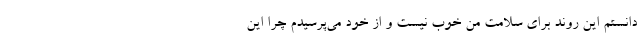
‌دانستم این روند برای سلامت من خوب نیست و از خود می‌پرسیدم چرا این